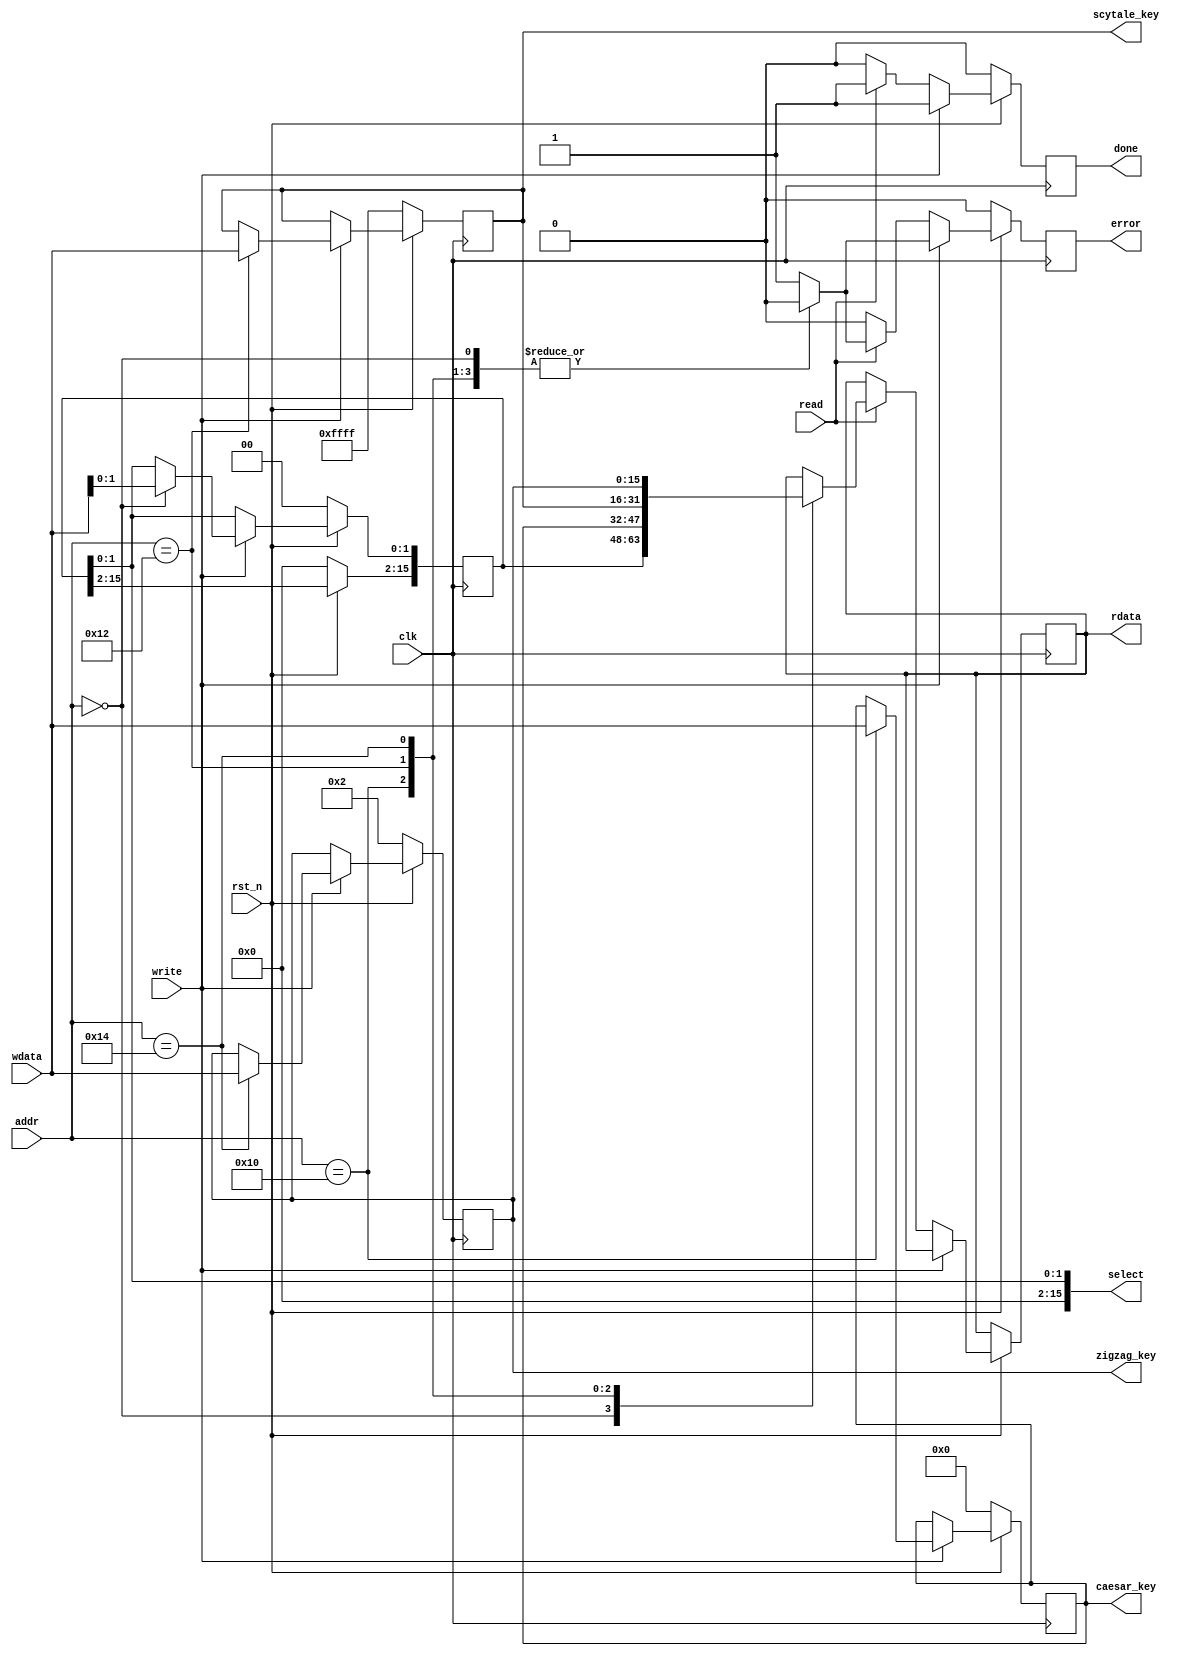
`timescale 1ns / 1ps
//////////////////////////////////////////////////////////////////////////////////
// Company: 
// Engineer: 
// 
// Design Name: 
// Module Name:    decryption_regfile 
// Project Name: 
// Target Devices: 
// Tool versions: 
// Description: 
//
// Dependencies: 
//
// Revision: 
// Revision 0.01 - File Created
// Additional Comments: 
//
//////////////////////////////////////////////////////////////////////////////////
module decryption_regfile #(
			parameter addr_witdth = 8,
			parameter reg_width 	 = 16
		)(
			// Clock and reset interface
			input clk, 
			input rst_n,
			
			// Register access interface
			input[addr_witdth - 1:0] addr,
			input read,
			input write,
			input [reg_width -1 : 0] wdata,
			output reg [reg_width -1 : 0] rdata,
			output reg done,
			output reg error,
			
			// Output wires
			output reg[reg_width - 1 : 0] select,
			output reg[reg_width - 1 : 0] caesar_key,
			output reg[reg_width - 1 : 0] scytale_key,
			output reg[reg_width - 1 : 0] zigzag_key
    );

// TODO implementati bancul de registre.
    // declararea celor 4 registre pe 16 biti
	reg[reg_width - 1 : 0] select_register, caesar_key_register;
	reg[reg_width - 1 : 0] scytale_key_register, zigzag_key_register;
	
	// se va citi si scrie din/in registre sincron
	always @(posedge clk) begin
	    // initializare done si error
        error <= 0;
        done <= 0;
        // valorile registrelor se reseteaza cand e pus reset pe 0
		if(!rst_n) begin
			select_register <= 16'h0;
			caesar_key_register <= 16'h0;
			scytale_key_register <= 16'hFFFF;
			zigzag_key_register <= 16'h2;
		end
		else 
		// cand nu e pus reset-ul si write e pus pe 1
		// se scrie in registre
		if(write) begin
		   // se poate scrie doar la cele 4 adrese ale registrelor 
	       case(addr)
	           // se scrie in select_register si se pune done pe 1
	           16'h0: begin
	               select_register[1:0] <= wdata;
	               done <= 1;
	           end
	           // se scrie in caesar_key_register si se pune done pe 1
	           16'h10: begin
	               caesar_key_register <= wdata;
	               done <= 1;
	           end
	           // se scrie in scytale_key_register si se spune done pe 1
	           16'h12: begin
	               scytale_key_register <= wdata;
	               done <= 1;
	           end
	           // se scrie in zigzag_key_register si se pune done pe 1
	           16'h14: begin
	               zigzag_key_register <= wdata;
	               done <= 1;
	           end
	           // nu se scrie daca adresa nu e niciuna din cele 4
	           // si se activeaza error si done
	           default: begin 
	               error <= 1; 
	               done <= 1;
	           end
	       endcase
	   end 
	   else 
	   // cand nu e pus reset-ul si read e pus pe 1
	   // se citeste din registre
	   if(read) begin
	       // se poate citi doar de la cele 4 adrese ale registrelor 
	       case(addr)
	           // se citeste din select_register si se pune done pe 1
	           16'h0: begin
	               rdata <= select_register;
	               done <= 1;
	           end
	           // se citeste din caesar_key_register si se pune done pe 1
	           16'h10: begin
	               rdata <= caesar_key_register;
	               done <= 1;
	           end
	           // se citeste din scytale_key_register si se pune done pe 1
               16'h12: begin
	               rdata <= scytale_key_register;
	               done <= 1;
	           end
	           // se citeste din zigzag_register si se pune done pe 1
	           16'h14: begin
	               rdata <= zigzag_key_register;
	               done <= 1;
	           end
	           // nu se citeste daca adresa nu e una din cele 4
	           // si se activeaza error si done
	           default: begin
	               error <= 1;
	               done <= 1;
	           end
	       endcase
	   end
    end
    // se vor asigna asincron valorile din registre iesirilor
    // doar primii 2 biti din select_register
	always @(*) begin
	   select = select_register[1:0];
       caesar_key = caesar_key_register;
	   scytale_key = scytale_key_register;
	   zigzag_key = zigzag_key_register;
	end
endmodule